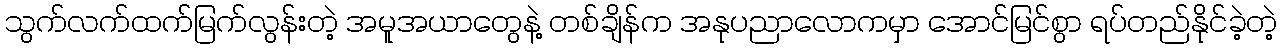
သွက်လက်ထက်မြက်လွန်းတဲ့ အမူအယာတွေနဲ့ တစ်ချိန်က အနုပညာလောကမှာ အောင်မြင်စွာ ရပ်တည်နိုင်ခဲ့တဲ့